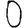
Digit: 0